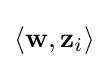
\langle \mathbf {w} ,\mathbf {z} _{i}\rangle